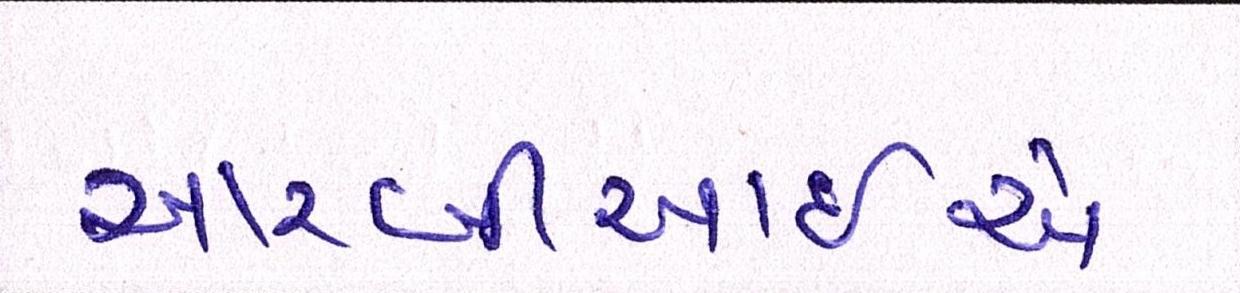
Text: આરબીઆઇએ